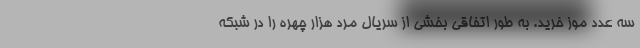
سه عدد موز خرید. به طور اتفاقی بخشی از سریال مرد هزار چهره را در شبکه